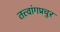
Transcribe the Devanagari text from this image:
तत्त्वांगप्रचुर